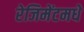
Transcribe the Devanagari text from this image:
रेजिमेंटमधे